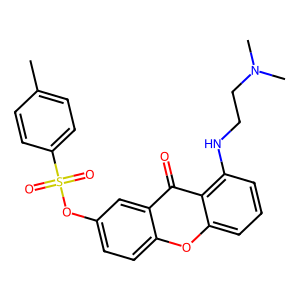
SMILES: Cc1ccc(S(=O)(=O)Oc2ccc3oc4cccc(NCCN(C)C)c4c(=O)c3c2)cc1
Inhibits HIV replication: No